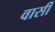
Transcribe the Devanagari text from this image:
वार्सी